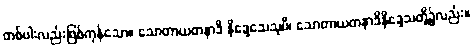
တစ်ပါးလည်းဖြစ်ကုန်သော။ သောတာယတနာဒိ နိဒ္ဒေသေသုပိ၊ သောတာယတနာဒိနိဒ္ဒေသတို့၌လည်း။